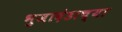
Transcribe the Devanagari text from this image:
भुजादंडाच्या